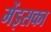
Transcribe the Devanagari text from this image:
मेंइसका